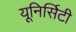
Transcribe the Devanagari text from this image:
यूनिर्सिटी